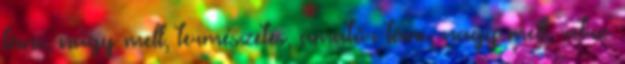
tánc, nagy mell, természetes, amatőr tánc, nagy mell, retro